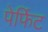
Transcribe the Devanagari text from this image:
पेर्फिट